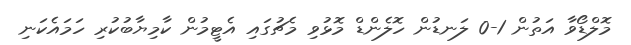
މޮލްޑޯވާ އަތުން 1-0 ލަނޑުން ހޮލެންޑް މޮޅުވި މެޗުގައި އެޓީމުން ކާމިޔާބުކުރި ހަމައެކަނި